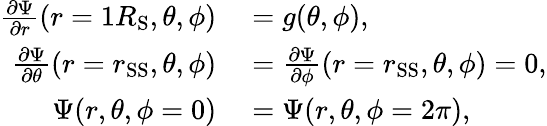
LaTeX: \begin{array}{rl}{\frac{\partial\Psi}{\partial r}(r=1R_{\mathrm{S}},\theta,\phi)}&{{}=g(\theta,\phi),}\\ {\frac{\partial\Psi}{\partial\theta}(r=r_{\mathrm{SS}},\theta,\phi)}&{{}=\frac{\partial\Psi}{\partial\phi}(r=r_{\mathrm{SS}},\theta,\phi)=0,}\\ {\Psi(r,\theta,\phi=0)}&{{}=\Psi(r,\theta,\phi=2\pi),}\end{array}